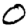
Digit: 0